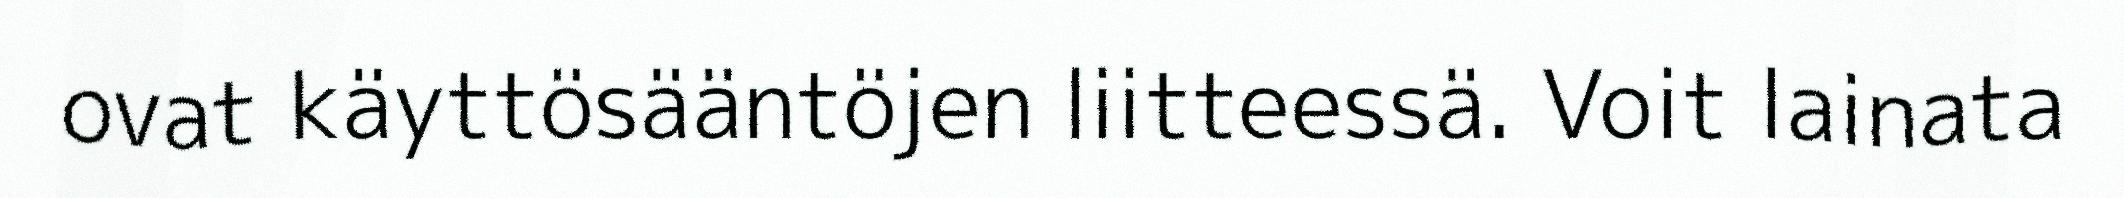
ovat käyttösääntöjen liitteessä. Voit lainata